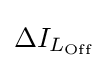
\Delta I_{L_{\text{Off}}}